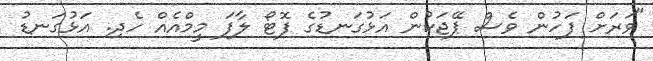
"ވަރަށް ފަހުން ވެސް ޕޭޖަކުން އަޅުގަނޑުގެ ފޮޓޯ ލާފަ މީމްއެއް ހެދި. އަޅުގަނޑު